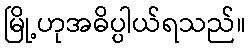
မြို့ဟုအဓိပ္ပါယ်ရသည်။